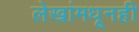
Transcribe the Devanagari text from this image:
लेखांमधूनही